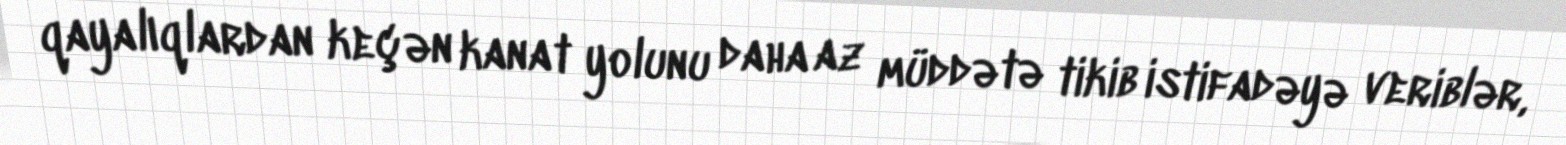
qayalıqlardan keçən kanat yolunu daha az müddətə tikib istifadəyə veriblər,